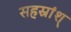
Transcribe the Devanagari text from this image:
सहस्रांश्